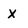
Character: x